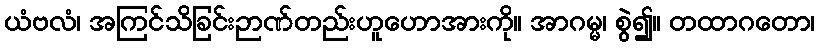
ယံဗလံ၊ အကြင်သိခြင်းဉာဏ်တည်းဟူဟောအားကို။ အာဂမ္မ၊ စွဲ၍။ တထာဂတော၊